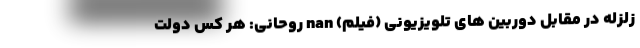
زلزله در مقابل دوربین های تلویزیونی (فیلم) nan روحانی: هر کس دولت